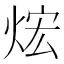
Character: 𤈻